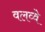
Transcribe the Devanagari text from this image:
वलव्वे